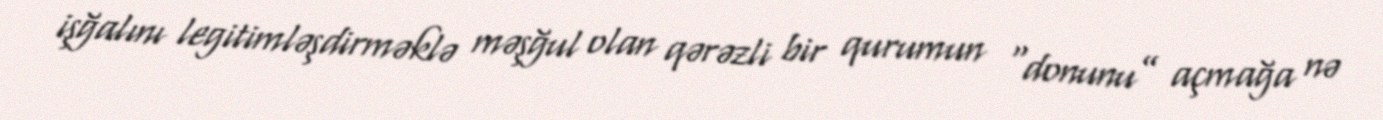
işğalını legitimləşdirməklə məşğul olan qərəzli bir qurumun “donunu” açmağa nə